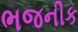
ભજનીક